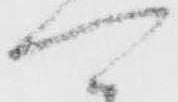
可